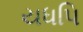
યધપિ